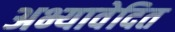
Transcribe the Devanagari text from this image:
अभ्यावेदित